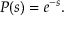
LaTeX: P ( s ) = e ^ { - s } .